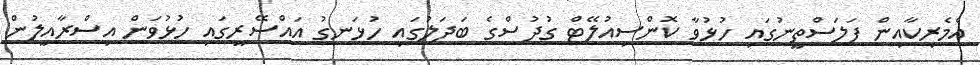
އެމެރިކާއިން ފަލަސްތީނުގައި ހުޅުވާ ކޮންސިއުލޭޓް ގުދުސްގެ ބަދަލުގައި ހުޅަނގު އައްސޭރީގައި ހުޅުވަން އިސްރާއީލުން